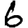
Digit: 6